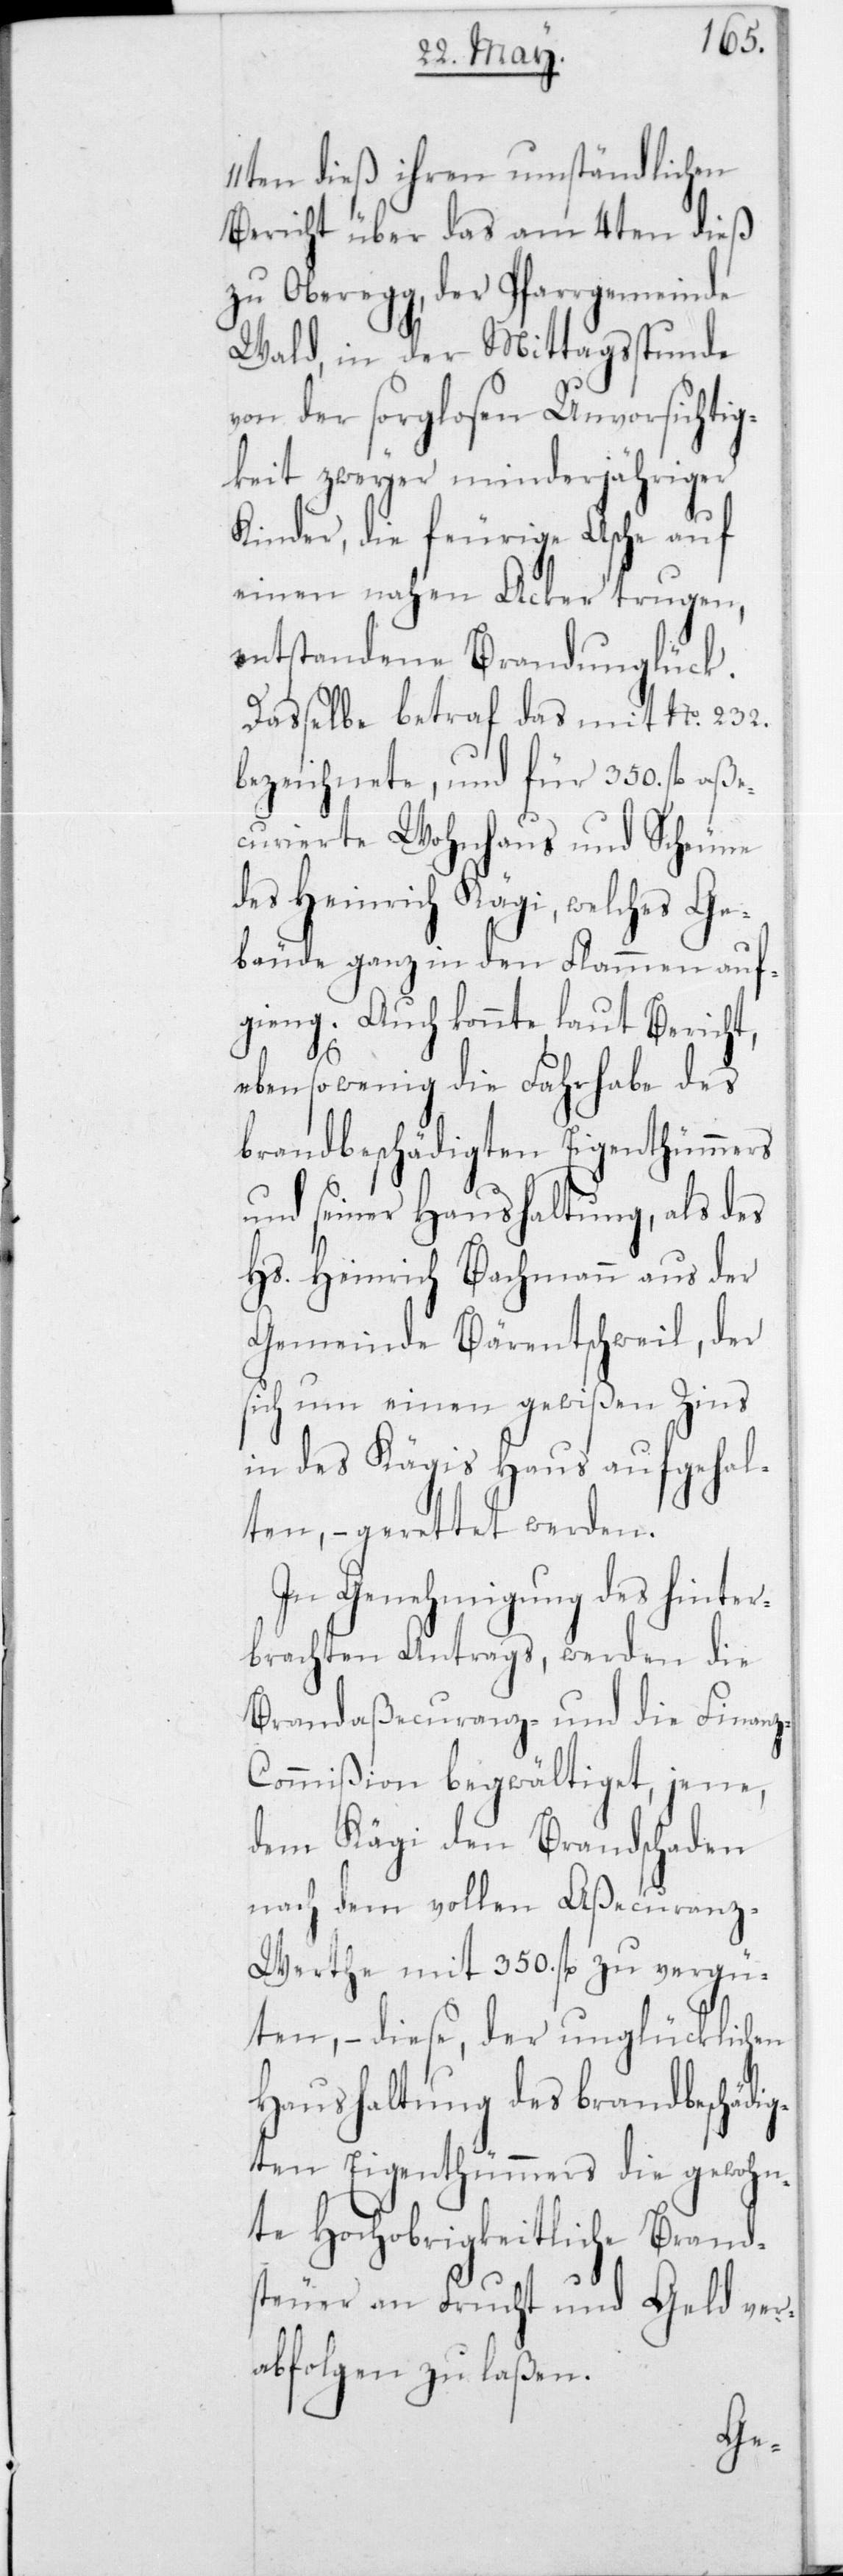
11ten dieß ihren umständlichen
Bericht über das am 4ten dieß
zu Oberegg, der Pfarrgemeinde
Wald, in der Mittagsstunde
von der sorglosen Unvorsichtig¬
keit zweyer minderjähriger
Kinder, die feurige Asche auf
einen nahen Acker trugen,
entstandene Brandunglück.
Dasselbe betraf das mit No 232
bezeichnete, und für 350 fl. aß¬
ecurierte Wohnhaus und Scheune
des Heinrich Kägi, welches Ge¬
bäude ganz in den Flammen auf¬
ging. Auch konnte laut Beri¬
ebensowenig die Fahrhabe
brandbeschädigten
und seiner Haushaltung,
Hs. Heinrich Bachmann
Gemeinde Bärentschweil,
sich um einen gewißen Zins
in des Kägis Haus aufgehal¬
ten, – gerettet werden.
In Genehmigung
brachten Antrags, werden die
Brandaßecuranz- und die Finan¬
z-Commißion begwältiget, jene,
dem Kägi den Brandschaden
nach dem vollen Aßecuranz¬
werthe mit 350 fl. zu vergü¬
ten, – diese, der unglücklichen
Haushaltung des brandbeschädig¬
ten Eigenthümmers die gewohn¬
te Hochobrigkeitliche Brand¬
steuer an Frucht und Geld ver¬
abfolgen zu laßen.
ter¬